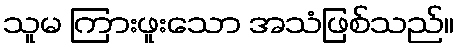
သူမ ကြားဖူးသော အသံဖြစ်သည်။